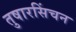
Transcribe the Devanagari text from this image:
तुषारसिंचन